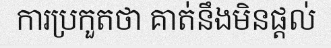
ការប្រកួតថា គាត់នឹងមិនផ្តល់